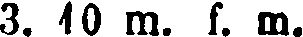
3. 10 m. f. m.